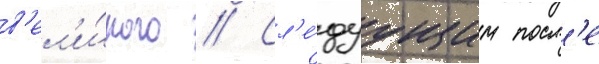
в'ел'и́кого // Сл'е́дуущим посл'е